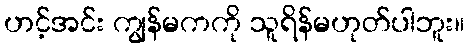
ဟင့်အင်း ကျွန်မကကို သူရိန်မဟုတ်ပါဘူး။